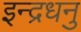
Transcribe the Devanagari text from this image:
इन्द्रधनु